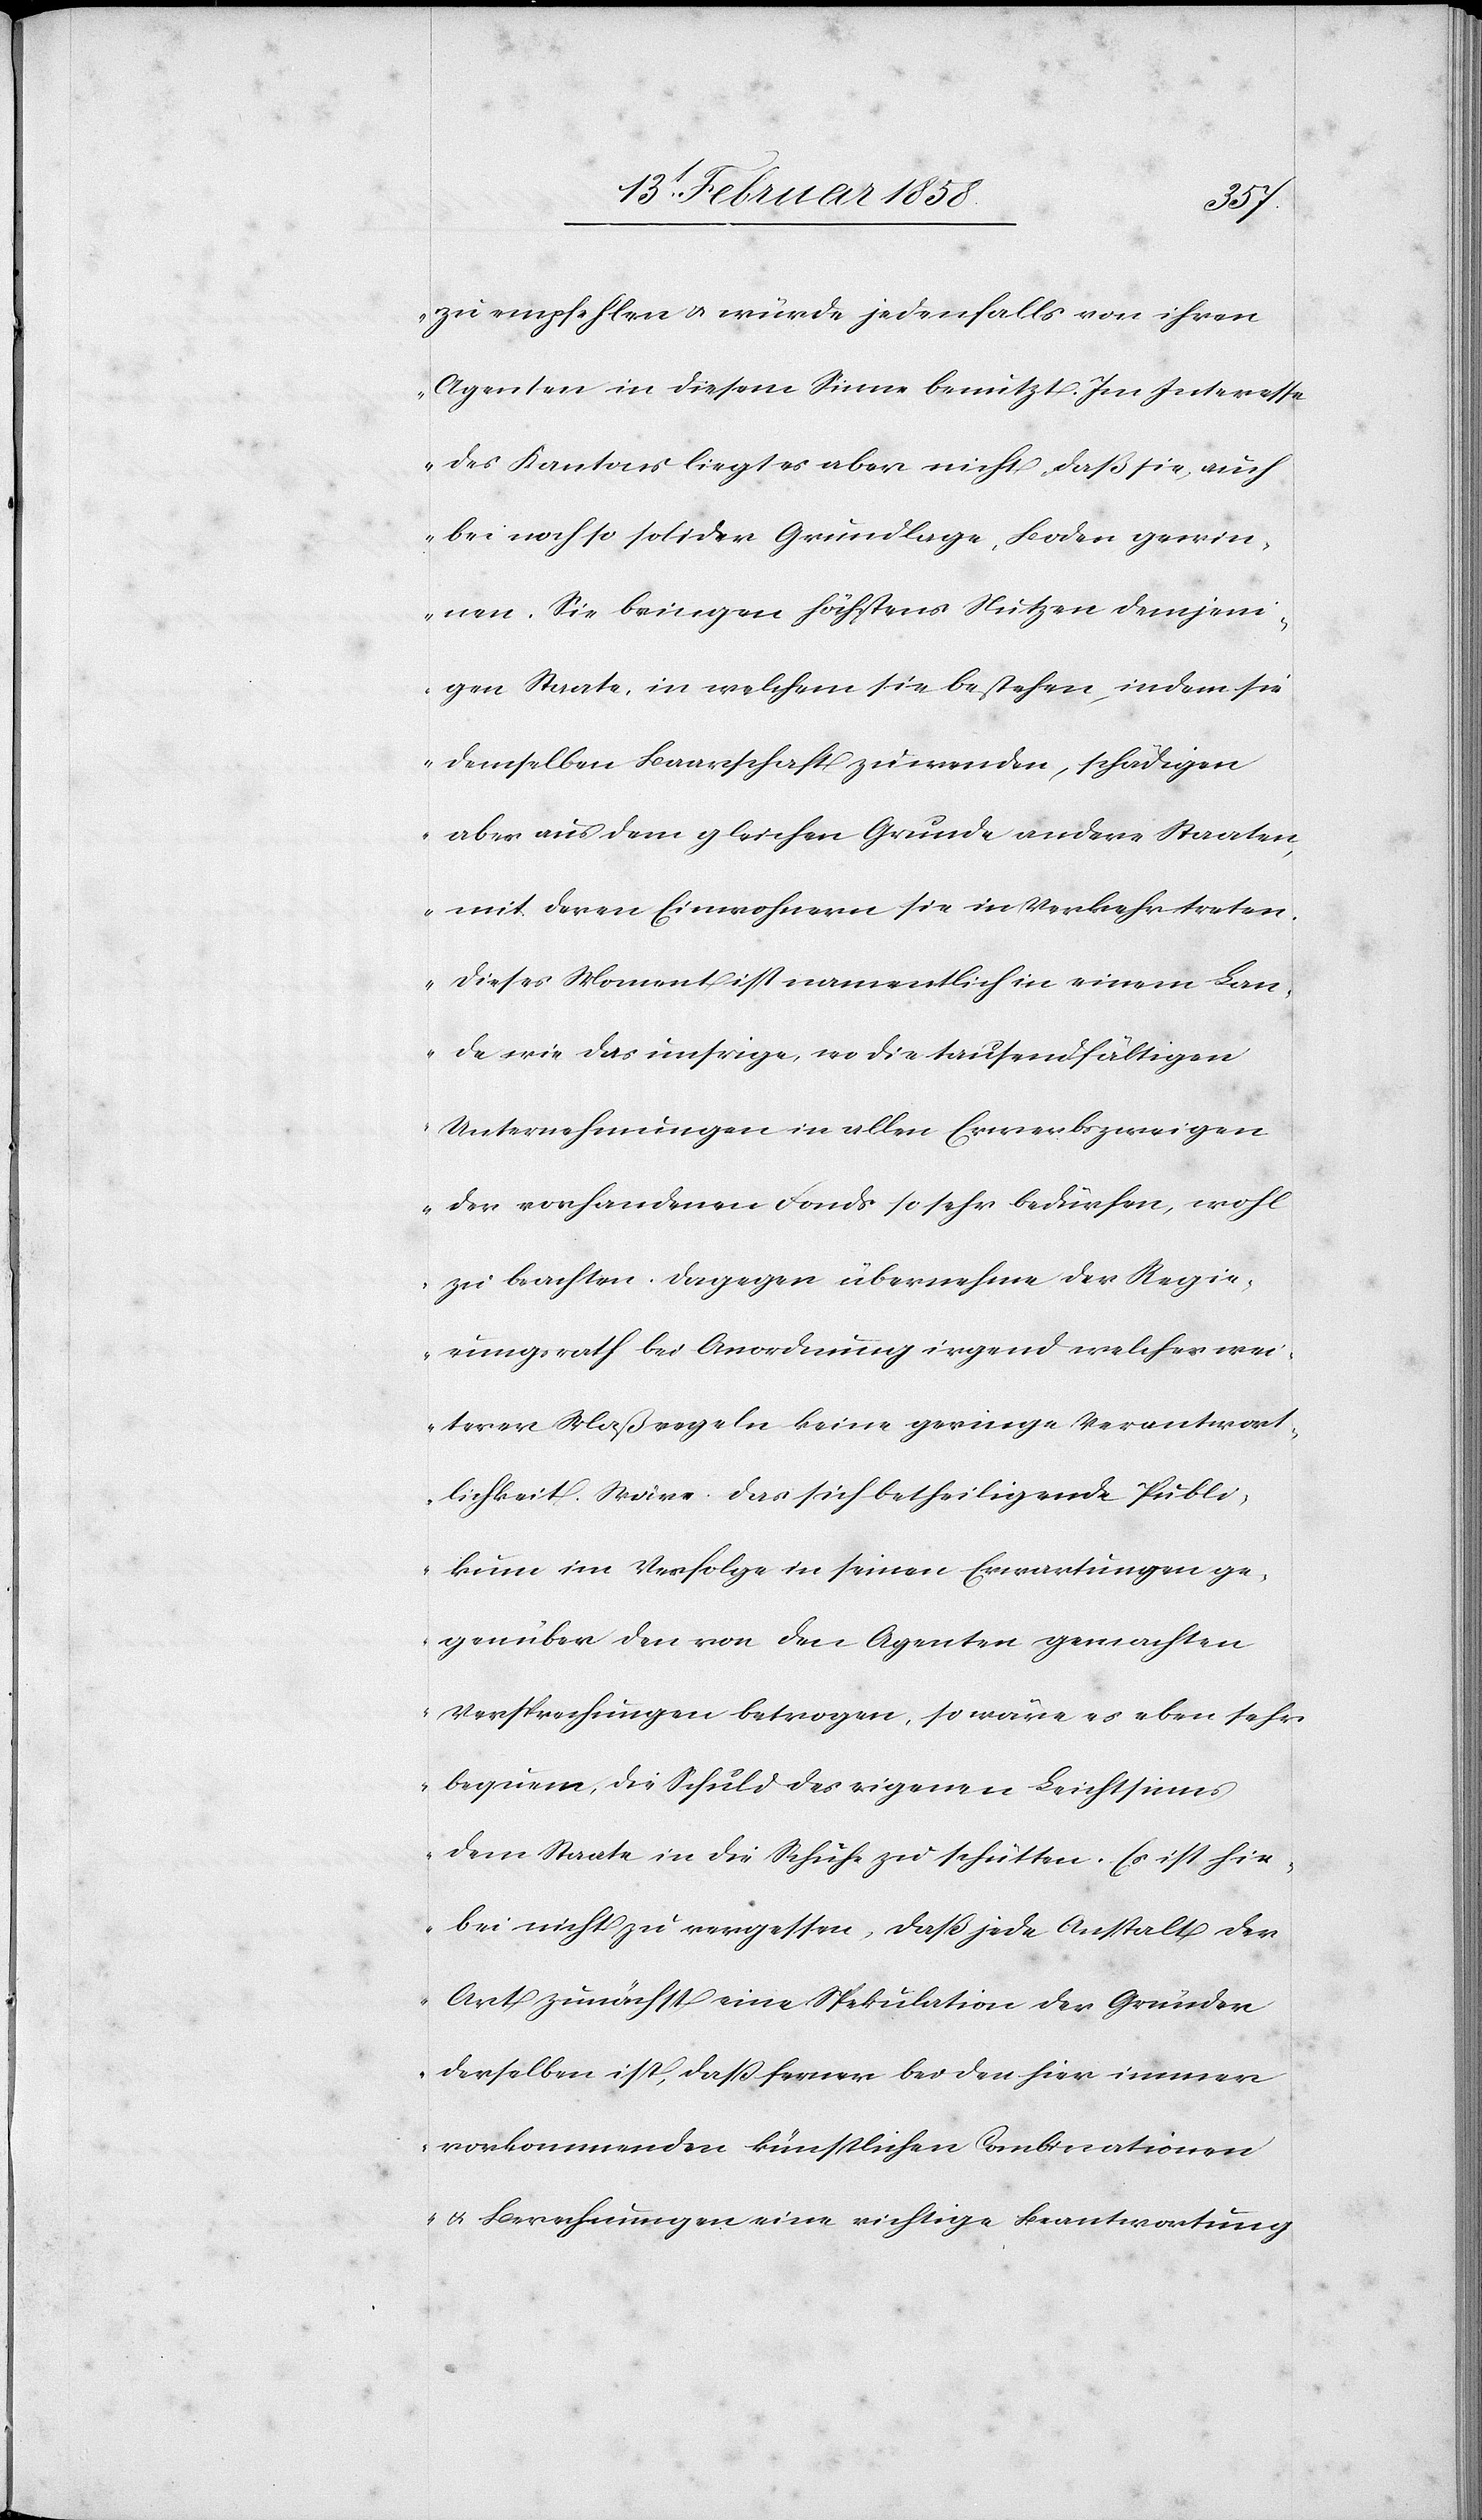
zu empfehlen u. würde jedenfalls von ihren
Agenten in diesem Sinne benutzt. Im Interesse
des Kantons liegt es aber nicht, daß sie, auch
bei noch so solider Grundlage, Boden gewin¬
nen. Sie bringen höchstens Nutzen demjeni¬
gen Staate, in welchem sie bestehen, indem sie
demselben Baarschaft zuwenden, schädigen
aber aus dem gleichen Grunde andere Staaten,
mit deren Einwohnern sie in Verkehr treten.
Dieses Moment ist namentlich in einem Lan¬
de wie das unsrige, wo die tausendfältigen
Unternehmungen in allen Erwerbszweigen
der vorhandenen Fonds so sehr bedürfen, wohl
zu beachten. Dagegen übernehme der Regie¬
rungsrath bei Anordnung irgend welcher wei¬
terer Maßregeln keine geringe Verantwort¬
lichkeit. Wäre das sich betheiligende Publi¬
kum im Verfolge in seinen Erwartungen ge¬
genüber den von den Agenten gemachten
Versprechungen betrogen, so wäre es eben sehr
bequem, die Schuld des eigenen Leichtsinns
dem Staate in die Schuhe zu schütten. Es ist hie¬
bei nicht zu vergessen, daß jede Anstalt der
Art zunächst eine Spekulation der Gründer
derselben ist, daß ferner bei den hier immer
vorkommenden künstlichen Combinationen
u. Berechnungen eine richtige Beantwortung